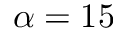
\alpha = 1 5